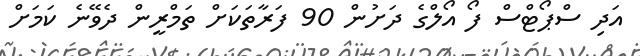
އަދި ސްޕޯޓްސް ފޯ އޯލްގެ ދަށުން 90 ފަރާތަކަށް ތަމްރީން ދެވޭނެ ކަމަށް